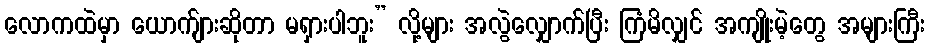
လောကထဲမှာ ယောက်ျားဆိုတာ မရှားပါဘူး” လို့များ အလွဲလျှောက်ပြီး ကြံမိလျှင် အကျိုးမဲ့တွေ အများကြီး